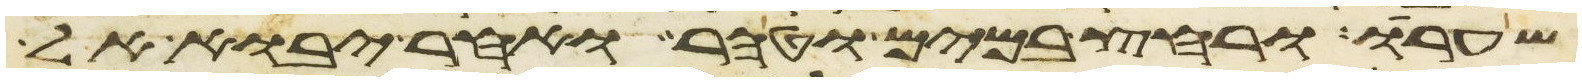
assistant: שערו ורחץ במים וטהר ואחר יבוא אל